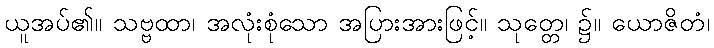
ယူအပ်၏။ သဗ္ဗထာ၊ အလုံးစုံသော အပြားအားဖြင့်။ သုတ္တေ၊ ၌။ ယောဇိတံ၊